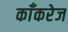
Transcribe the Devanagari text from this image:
काँकरेज